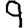
Digit: 9